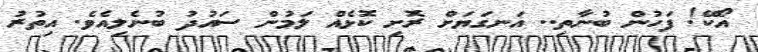
އޯކޭ! ފަހުން ބުނާތި.. އަނގަޔަށް ރޮށި ކޮޅެއް ލަމުން ސައުދު ބުނެލިއެވެ. އިތުރު